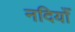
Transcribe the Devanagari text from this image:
नदियोँ